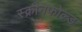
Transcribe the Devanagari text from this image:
स्क्रीनफोल्ड